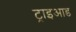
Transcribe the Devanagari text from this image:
ट्राइआड